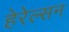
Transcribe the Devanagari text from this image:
हेरेल्सन